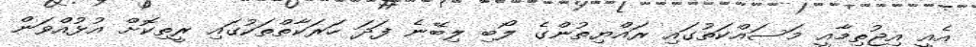
އެއީ އިޖުތިމާއީ މަސައްކަތުގައި ރައްޔިތުންގެ ލޯބި ލިބޭނެ ފަދަ ހަރަކާތްތަކުގައި ރީތިކޮށް އުޅުއްވަން